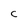
Character: c